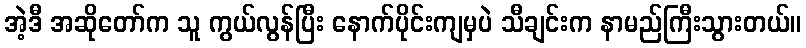
အဲ့ဒီ အဆိုတော်က သူ ကွယ်လွန်ပြီး နောက်ပိုင်းကျမှပဲ သီချင်းက နာမည်ကြီးသွားတယ်။